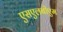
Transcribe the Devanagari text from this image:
एसएलबीएम